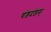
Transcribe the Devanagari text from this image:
चंडदंडम्